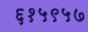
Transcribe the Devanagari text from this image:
६१५९५७